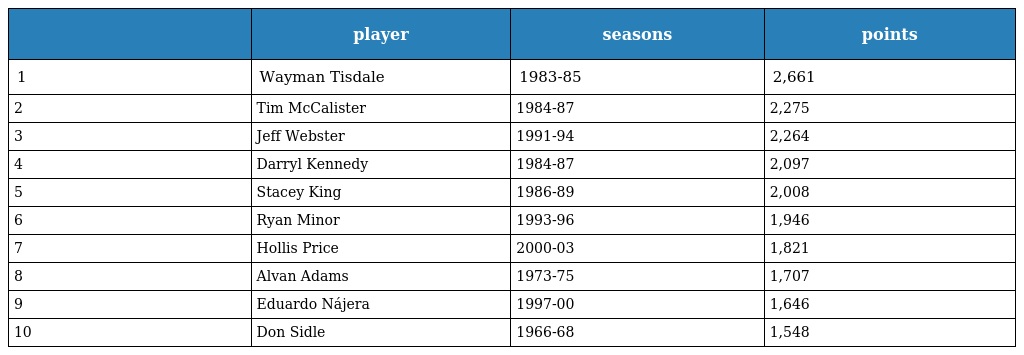
|  | player | seasons | points |
 | --- | --- | --- | --- |
 | 1 | Wayman Tisdale | 1983-85 | 2,661 |
 | 2 | Tim McCalister | 1984-87 | 2,275 |
 | 3 | Jeff Webster | 1991-94 | 2,264 |
 | 4 | Darryl Kennedy | 1984-87 | 2,097 |
 | 5 | Stacey King | 1986-89 | 2,008 |
 | 6 | Ryan Minor | 1993-96 | 1,946 |
 | 7 | Hollis Price | 2000-03 | 1,821 |
 | 8 | Alvan Adams | 1973-75 | 1,707 |
 | 9 | Eduardo Nájera | 1997-00 | 1,646 |
 | 10 | Don Sidle | 1966-68 | 1,548 |